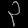
Digit: ၃